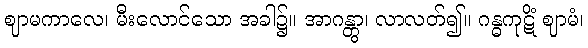
ဈာမကာလေ၊ မီးလောင်သော အခါ၌။ အာဂန္တွာ၊ လာလတ်၍။ ဂန္ဓကုဋိံ ဈာမံ၊